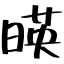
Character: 暎